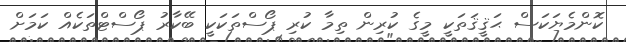
ކޮންމެޔަކަސް ޙަޤީޤަތަކީ މީގެ ކުރިން ތިމާ ކުރި ޕޯސްތަކަކީ ބޭކާރު ޕޯސްޓްތަކެއް ކަމަށް